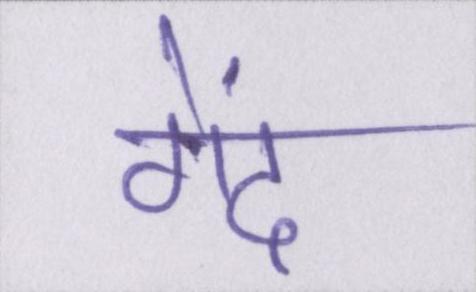
गेंद